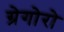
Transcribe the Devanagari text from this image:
ग्रेगोरो